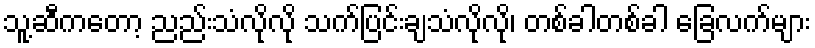
သူ့ဆီကတော့ ညည်းသံလိုလို သက်ပြင်းချသံလိုလို၊ တစ်ခါတစ်ခါ ခြေလက်များ